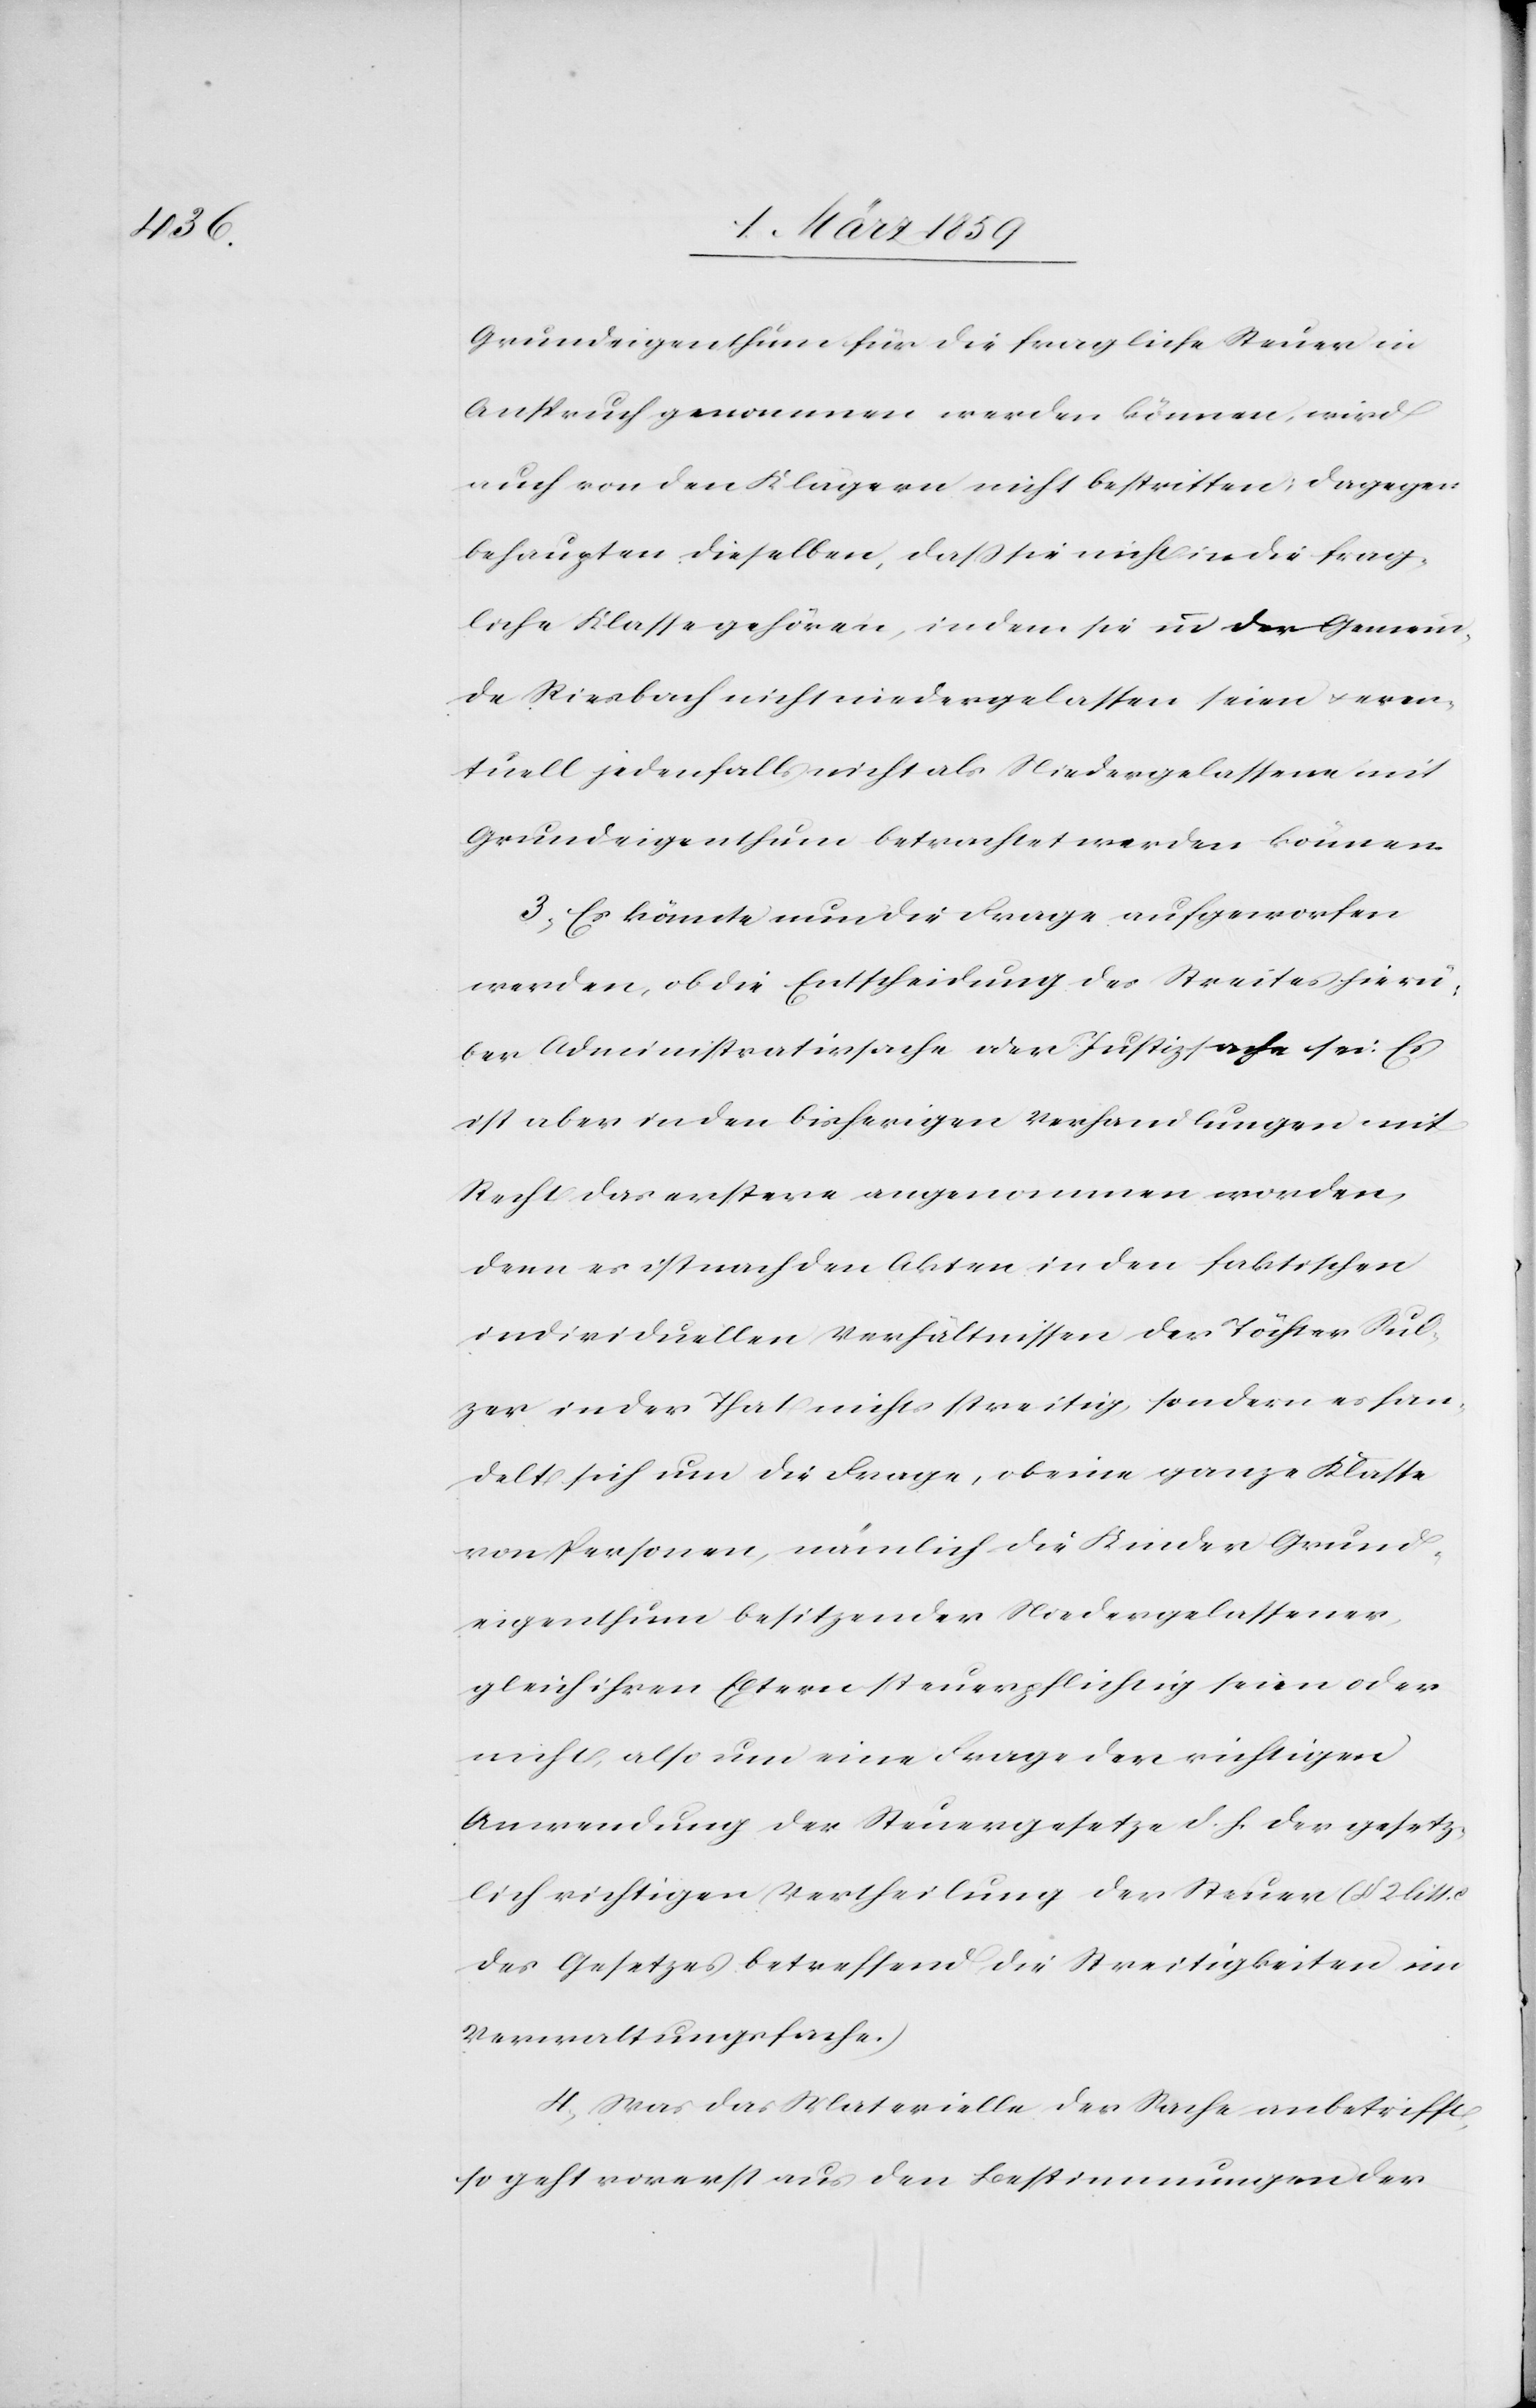
Grundeigenthum für die fragliche Steuer in
Anspruch genommen werden können, wird
auch von den Klägern nicht bestritten; dagegen
behaupten dieselben, daß sie nicht in die frag¬
liche Klasse gehören, indem sie in der Gemein¬
de Riesbach nicht niedergelassen seien u. even¬
tuell jedenfalls nicht als Niedergelassene mit
Grundeigenthum betrachtet werden können.
3) Es könnte nun die Frage aufgeworfen
werden, ob die Entscheidung des Streites hier¬
über Administrativsache oder Justizsache sei. Es
ist aber in den bisherigen Verhandlungen mit
Recht das erstere angenommen worden,
denn es ist nach den Akten in den faktischen
individuellen Verhältnissen der Töchter Sul¬
zer in der That nichts streitig, sondern es han¬
delt sich um die Frage, ob eine ganze Klasse
von Personen, nämlich die Kinder Grund¬
eigenthumbesitzender Niedergelassener,
gleich ihren Eltern steuerpflichtig seien oder
nicht, also um eine Frage der richtigen
Anwendung der Steuergesetze d. h. der gesetz¬
lich richtigen Vertheilung der Steuer (§ 2 litt.
des Gesetzes betreffend die Streitigkeiten im
Verwaltungsfache.)
4) Was das Materielle der Sache anbetrifft,
so geht vorerst aus den Bestimmungen der